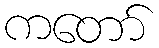
ကတော်